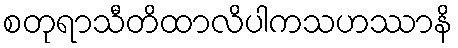
စတုရာသီတိထာလိပါကသဟဿာနိ